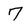
Character: 7